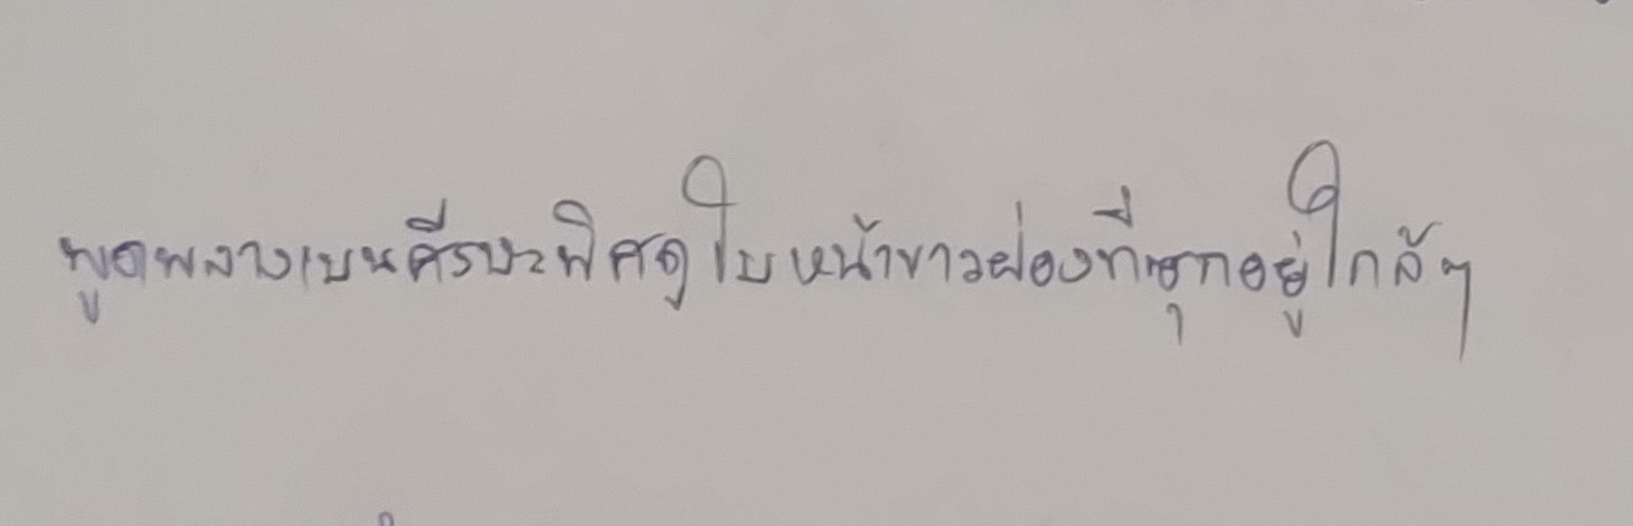
พูดพลางเบนศีรษะพิศดูใบหน้าขาวผ่องที่ซุกอยู่ใกล้ๆ